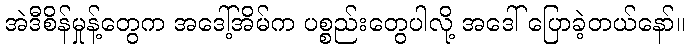
အဲဒီစိန်မှုန့်တွေက အဒေါ့်အိမ်က ပစ္စည်းတွေပါလို့ အဒေါ် ပြောခဲ့တယ်နော်။